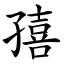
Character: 㝆